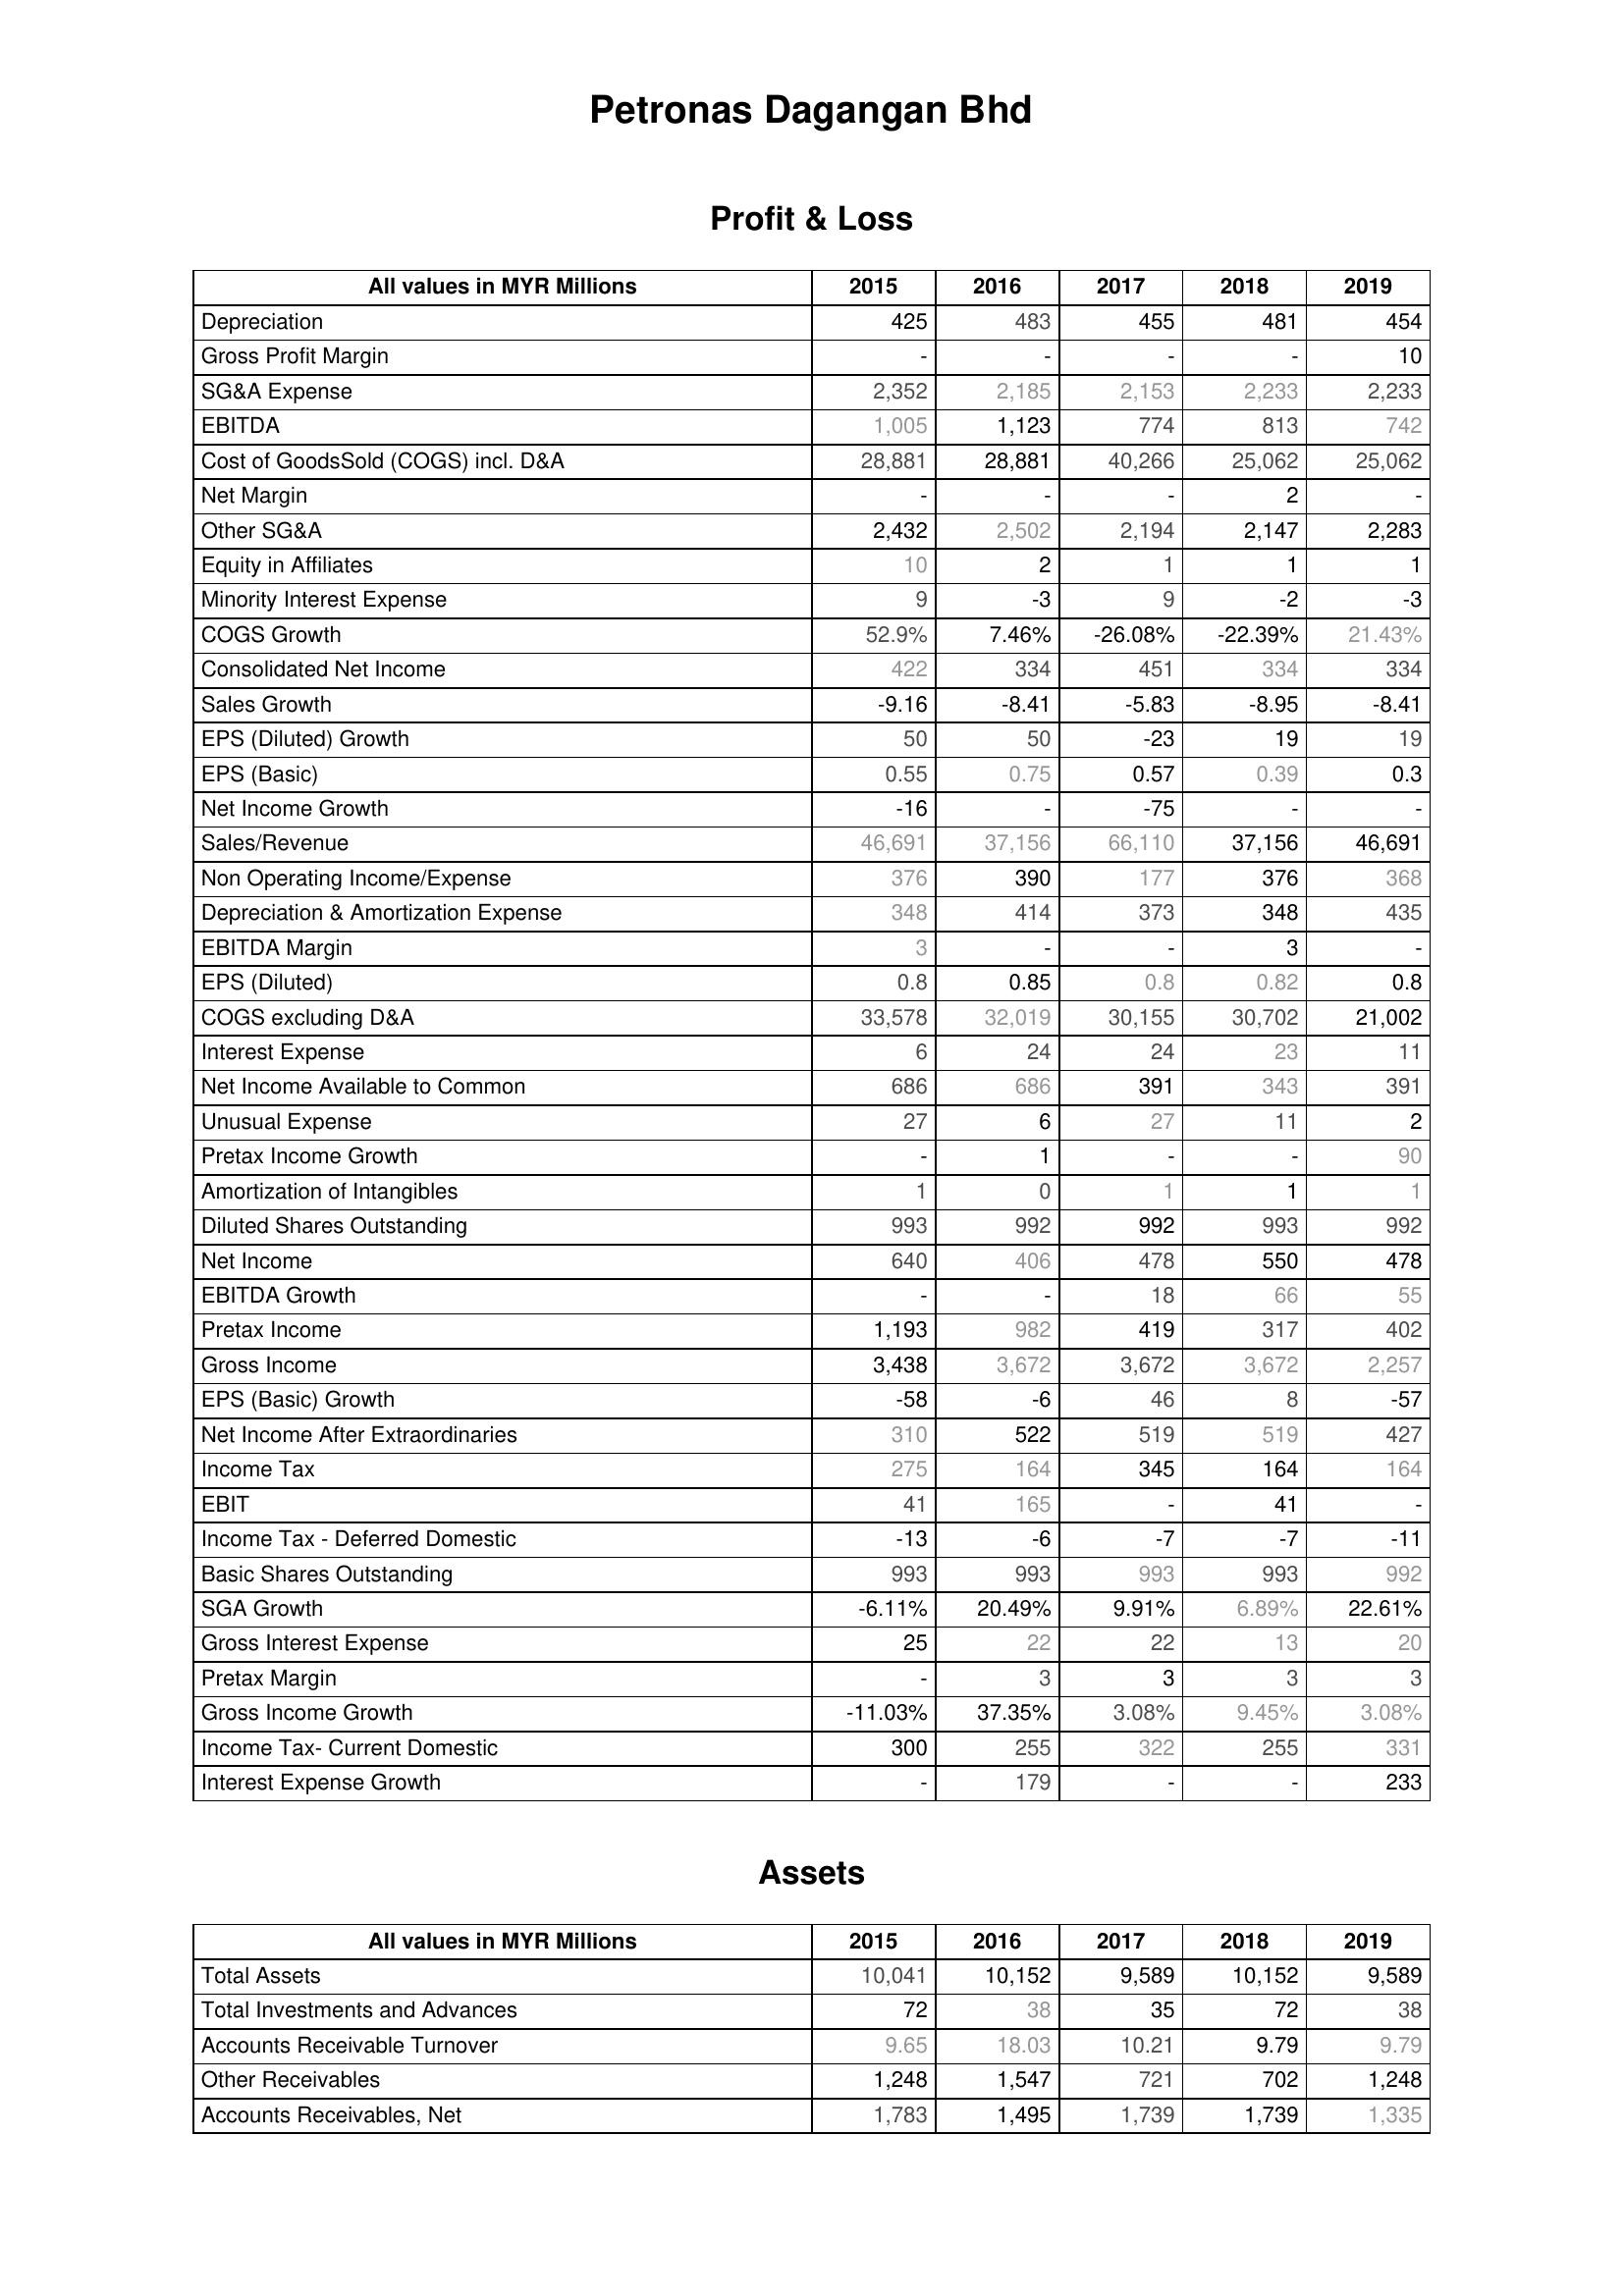
2015: Profit & Loss: Depreciation: 425
Gross Profit Margin: -
SG&A Expense: 2,352
EBITDA: 1,005
Cost of GoodsSold (COGS) incl. D&A: 28,881
Net Margin: -
Other SG&A: 2,432
Equity in Affiliates: 10
Minority Interest Expense: 9
COGS Growth: 52.9%
Consolidated Net Income: 422
Sales Growth: -9.16
EPS (Diluted) Growth: 50
EPS (Basic): 0.55
Net Income Growth: -16
Sales/Revenue: 46,691
Non Operating Income/Expense: 376
Depreciation & Amortization Expense: 348
EBITDA Margin: 3
EPS (Diluted): 0.8
COGS excluding D&A: 33,578
Interest Expense: 6
Net Income Available to Common: 686
Unusual Expense: 27
Pretax Income Growth: -
Amortization of Intangibles: 1
Diluted Shares Outstanding: 993
Net Income: 640
EBITDA Growth: -
Pretax Income: 1,193
Gross Income: 3,438
EPS (Basic) Growth: -58
Net Income After Extraordinaries: 310
Income Tax: 275
EBIT: 41
Income Tax - Deferred Domestic: -13
Basic Shares Outstanding: 993
SGA Growth: -6.11%
Gross Interest Expense: 25
Pretax Margin: -
Gross Income Growth: -11.03%
Income Tax- Current Domestic: 300
Interest Expense Growth: -
Assets: Total Assets: 10,041
Total Investments and Advances: 72
Accounts Receivable Turnover: 9.65
Other Receivables: 1,248
Accounts Receivables, Net: 1,783
2016: Profit & Loss: Depreciation: 483
Gross Profit Margin: -
SG&A Expense: 2,185
EBITDA: 1,123
Cost of GoodsSold (COGS) incl. D&A: 28,881
Net Margin: -
Other SG&A: 2,502
Equity in Affiliates: 2
Minority Interest Expense: -3
COGS Growth: 7.46%
Consolidated Net Income: 334
Sales Growth: -8.41
EPS (Diluted) Growth: 50
EPS (Basic): 0.75
Net Income Growth: -
Sales/Revenue: 37,156
Non Operating Income/Expense: 390
Depreciation & Amortization Expense: 414
EBITDA Margin: -
EPS (Diluted): 0.85
COGS excluding D&A: 32,019
Interest Expense: 24
Net Income Available to Common: 686
Unusual Expense: 6
Pretax Income Growth: 1
Amortization of Intangibles: 0
Diluted Shares Outstanding: 992
Net Income: 406
EBITDA Growth: -
Pretax Income: 982
Gross Income: 3,672
EPS (Basic) Growth: -6
Net Income After Extraordinaries: 522
Income Tax: 164
EBIT: 165
Income Tax - Deferred Domestic: -6
Basic Shares Outstanding: 993
SGA Growth: 20.49%
Gross Interest Expense: 22
Pretax Margin: 3
Gross Income Growth: 37.35%
Income Tax- Current Domestic: 255
Interest Expense Growth: 179
Assets: Total Assets: 10,152
Total Investments and Advances: 38
Accounts Receivable Turnover: 18.03
Other Receivables: 1,547
Accounts Receivables, Net: 1,495
2017: Profit & Loss: Depreciation: 455
Gross Profit Margin: -
SG&A Expense: 2,153
EBITDA: 774
Cost of GoodsSold (COGS) incl. D&A: 40,266
Net Margin: -
Other SG&A: 2,194
Equity in Affiliates: 1
Minority Interest Expense: 9
COGS Growth: -26.08%
Consolidated Net Income: 451
Sales Growth: -5.83
EPS (Diluted) Growth: -23
EPS (Basic): 0.57
Net Income Growth: -75
Sales/Revenue: 66,110
Non Operating Income/Expense: 177
Depreciation & Amortization Expense: 373
EBITDA Margin: -
EPS (Diluted): 0.8
COGS excluding D&A: 30,155
Interest Expense: 24
Net Income Available to Common: 391
Unusual Expense: 27
Pretax Income Growth: -
Amortization of Intangibles: 1
Diluted Shares Outstanding: 992
Net Income: 478
EBITDA Growth: 18
Pretax Income: 419
Gross Income: 3,672
EPS (Basic) Growth: 46
Net Income After Extraordinaries: 519
Income Tax: 345
EBIT: -
Income Tax - Deferred Domestic: -7
Basic Shares Outstanding: 993
SGA Growth: 9.91%
Gross Interest Expense: 22
Pretax Margin: 3
Gross Income Growth: 3.08%
Income Tax- Current Domestic: 322
Interest Expense Growth: -
Assets: Total Assets: 9,589
Total Investments and Advances: 35
Accounts Receivable Turnover: 10.21
Other Receivables: 721
Accounts Receivables, Net: 1,739
2018: Profit & Loss: Depreciation: 481
Gross Profit Margin: -
SG&A Expense: 2,233
EBITDA: 813
Cost of GoodsSold (COGS) incl. D&A: 25,062
Net Margin: 2
Other SG&A: 2,147
Equity in Affiliates: 1
Minority Interest Expense: -2
COGS Growth: -22.39%
Consolidated Net Income: 334
Sales Growth: -8.95
EPS (Diluted) Growth: 19
EPS (Basic): 0.39
Net Income Growth: -
Sales/Revenue: 37,156
Non Operating Income/Expense: 376
Depreciation & Amortization Expense: 348
EBITDA Margin: 3
EPS (Diluted): 0.82
COGS excluding D&A: 30,702
Interest Expense: 23
Net Income Available to Common: 343
Unusual Expense: 11
Pretax Income Growth: -
Amortization of Intangibles: 1
Diluted Shares Outstanding: 993
Net Income: 550
EBITDA Growth: 66
Pretax Income: 317
Gross Income: 3,672
EPS (Basic) Growth: 8
Net Income After Extraordinaries: 519
Income Tax: 164
EBIT: 41
Income Tax - Deferred Domestic: -7
Basic Shares Outstanding: 993
SGA Growth: 6.89%
Gross Interest Expense: 13
Pretax Margin: 3
Gross Income Growth: 9.45%
Income Tax- Current Domestic: 255
Interest Expense Growth: -
Assets: Total Assets: 10,152
Total Investments and Advances: 72
Accounts Receivable Turnover: 9.79
Other Receivables: 702
Accounts Receivables, Net: 1,739
2019: Profit & Loss: Depreciation: 454
Gross Profit Margin: 10
SG&A Expense: 2,233
EBITDA: 742
Cost of GoodsSold (COGS) incl. D&A: 25,062
Net Margin: -
Other SG&A: 2,283
Equity in Affiliates: 1
Minority Interest Expense: -3
COGS Growth: 21.43%
Consolidated Net Income: 334
Sales Growth: -8.41
EPS (Diluted) Growth: 19
EPS (Basic): 0.3
Net Income Growth: -
Sales/Revenue: 46,691
Non Operating Income/Expense: 368
Depreciation & Amortization Expense: 435
EBITDA Margin: -
EPS (Diluted): 0.8
COGS excluding D&A: 21,002
Interest Expense: 11
Net Income Available to Common: 391
Unusual Expense: 2
Pretax Income Growth: 90
Amortization of Intangibles: 1
Diluted Shares Outstanding: 992
Net Income: 478
EBITDA Growth: 55
Pretax Income: 402
Gross Income: 2,257
EPS (Basic) Growth: -57
Net Income After Extraordinaries: 427
Income Tax: 164
EBIT: -
Income Tax - Deferred Domestic: -11
Basic Shares Outstanding: 992
SGA Growth: 22.61%
Gross Interest Expense: 20
Pretax Margin: 3
Gross Income Growth: 3.08%
Income Tax- Current Domestic: 331
Interest Expense Growth: 233
Assets: Total Assets: 9,589
Total Investments and Advances: 38
Accounts Receivable Turnover: 9.79
Other Receivables: 1,248
Accounts Receivables, Net: 1,335